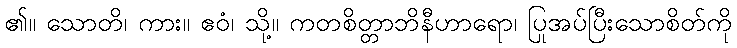
၏။ သောတိ၊ ကား။ ဧဝံ၊ သို့။ ကတစိတ္တာဘိနီဟာရော၊ ပြုအပ်ပြီးသောစိတ်ကို